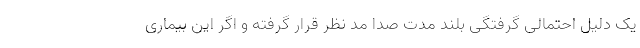
یک دلیل احتمالی گرفتگی بلند مدت صدا مد نظر قرار گرفته و اگر این بیماری